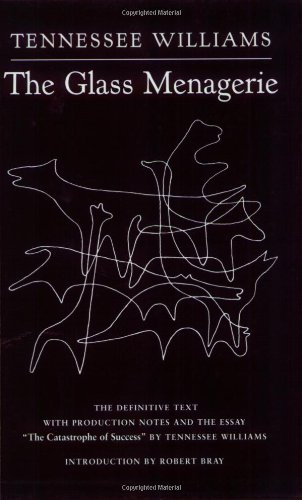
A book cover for The Glass Menagerie; Tennessee Williams; Literature & Fiction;